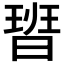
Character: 𭨞